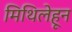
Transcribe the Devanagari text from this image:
मिथिलेहून